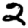
Digit: 2